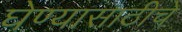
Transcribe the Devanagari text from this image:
घेण्यासाठीचे